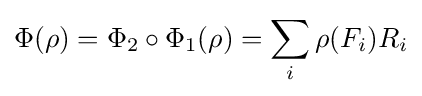
\Phi (\rho )=\Phi _{2}\circ \Phi _{1}(\rho )=\sum _{i}\rho (F_{i})R_{i}